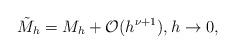
LaTeX: \begin{align*} \tilde{M}_h= M_h+\mathcal{O}(h^{\nu+1}), h\rightarrow 0, \end{align*}